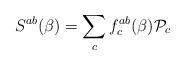
LaTeX: \begin{align*}S^{ab}(\beta) = \sum_c f^{ab}_c (\beta) {\cal P}_c\end{align*}